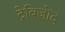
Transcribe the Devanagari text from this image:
ट्रेबिजोंद